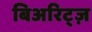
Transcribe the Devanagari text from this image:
बिअरिट्ज़